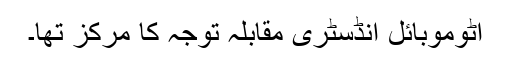
آٹوموبائل انڈسٹری مقابلہ توجہ کا مرکز تھا۔